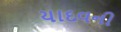
યાદવની